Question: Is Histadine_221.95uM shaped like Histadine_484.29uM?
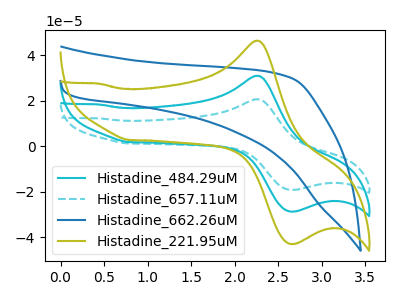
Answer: <think>The cyan curve "Histadine_484.29uM" has an anodic peak at (2.25V, 31.05uA) and a cathodic peak at (2.70V, -28.65uA). The cyan dashed curve "Histadine_657.11uM" has an anodic peak at (2.25V, 62.10uA) and a cathodic peak at (2.70V, -57.35uA). The blue curve "Histadine_662.26uM" has no peaks. The olive curve "Histadine_221.95uM" has an anodic peak at (2.25V, 46.50uA) and a cathodic peak at (2.70V, -42.95uA).
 All the peaks in "Histadine_221.95uM" have a peak in "Histadine_484.29uM" at the same potential. Every peak in "Histadine_221.95uM" is higher than every peak in "Histadine_484.29uM".</think>
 <answer>"Histadine_221.95uM" and "Histadine_484.29uM" are similar in shape.</answer>
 <eval>same_shape</eval>